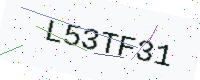
Text: L53TF31